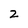
Character: 2